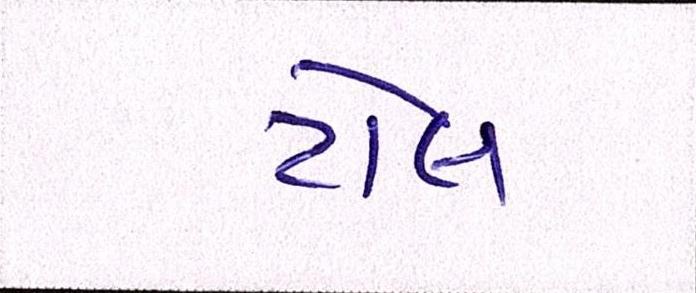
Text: ટોલ